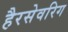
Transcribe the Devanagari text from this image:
हैरसेवरिग